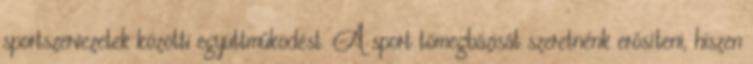
sportszervezetek közötti együttműködést. A sport tömegbázisát szeretnénk erősíteni, hiszen